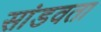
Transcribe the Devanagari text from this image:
सांडवता